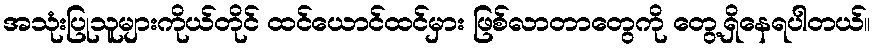
အသုံးပြုသူများကိုယ်တိုင် ထင်ယောင်ထင်မှား ဖြစ်လာတာတွေကို တွေ့ရှိနေရပါတယ်။